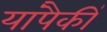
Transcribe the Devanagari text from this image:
यांपैकीं